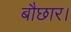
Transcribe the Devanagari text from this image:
बौछार।